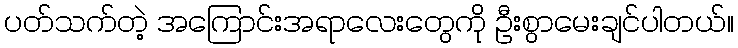
ပတ်သက်တဲ့ အကြောင်းအရာလေးတွေကို ဦးစွာမေးချင်ပါတယ်။